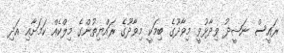
ރައީސް ނަޝީދު ވިދާޅުވީ މިވާދޫގެ ބިމަކީ މިވާދޫގެ ރައްޔިތުންގެ މިލްކެއް ކަމަށާއި އަދި